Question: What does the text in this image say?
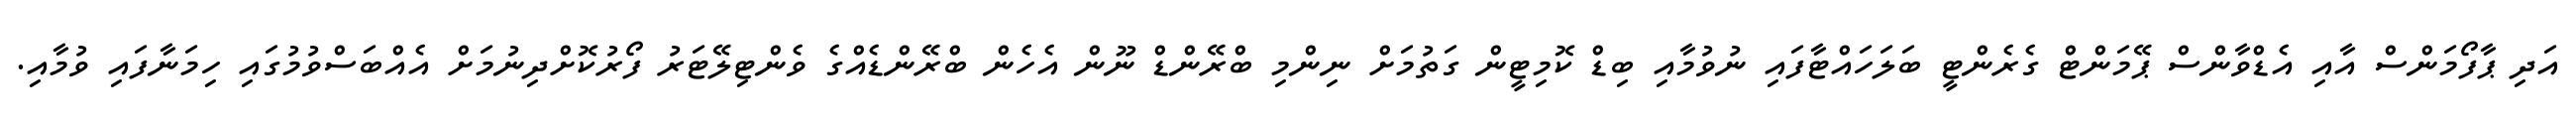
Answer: އަދި ޕާފޯމަންސް އާއި އެޑްވާންސް ޕޭމަންޓް ގެރެންޓީ ބަލަހައްޓާފައި ނުވުމާއި ބިޑް ކޮމިޓީން ގަތުމަށް ނިންމި ބްރޭންޑް ނޫން އެހެން ބްރޭންޑެއްގެ ވެންޓިލޭޓަރު ފޯރުކޮށްދިނުމަށް އެއްބަސްވުމުގައި ހިމަނާފައި ވުމާއި.